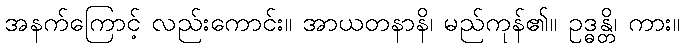
အနက်ကြောင့် လည်းကောင်း။ အာယတနာနိ၊ မည်ကုန်၏။ ဥဒ္ဓန္တိ၊ ကား။